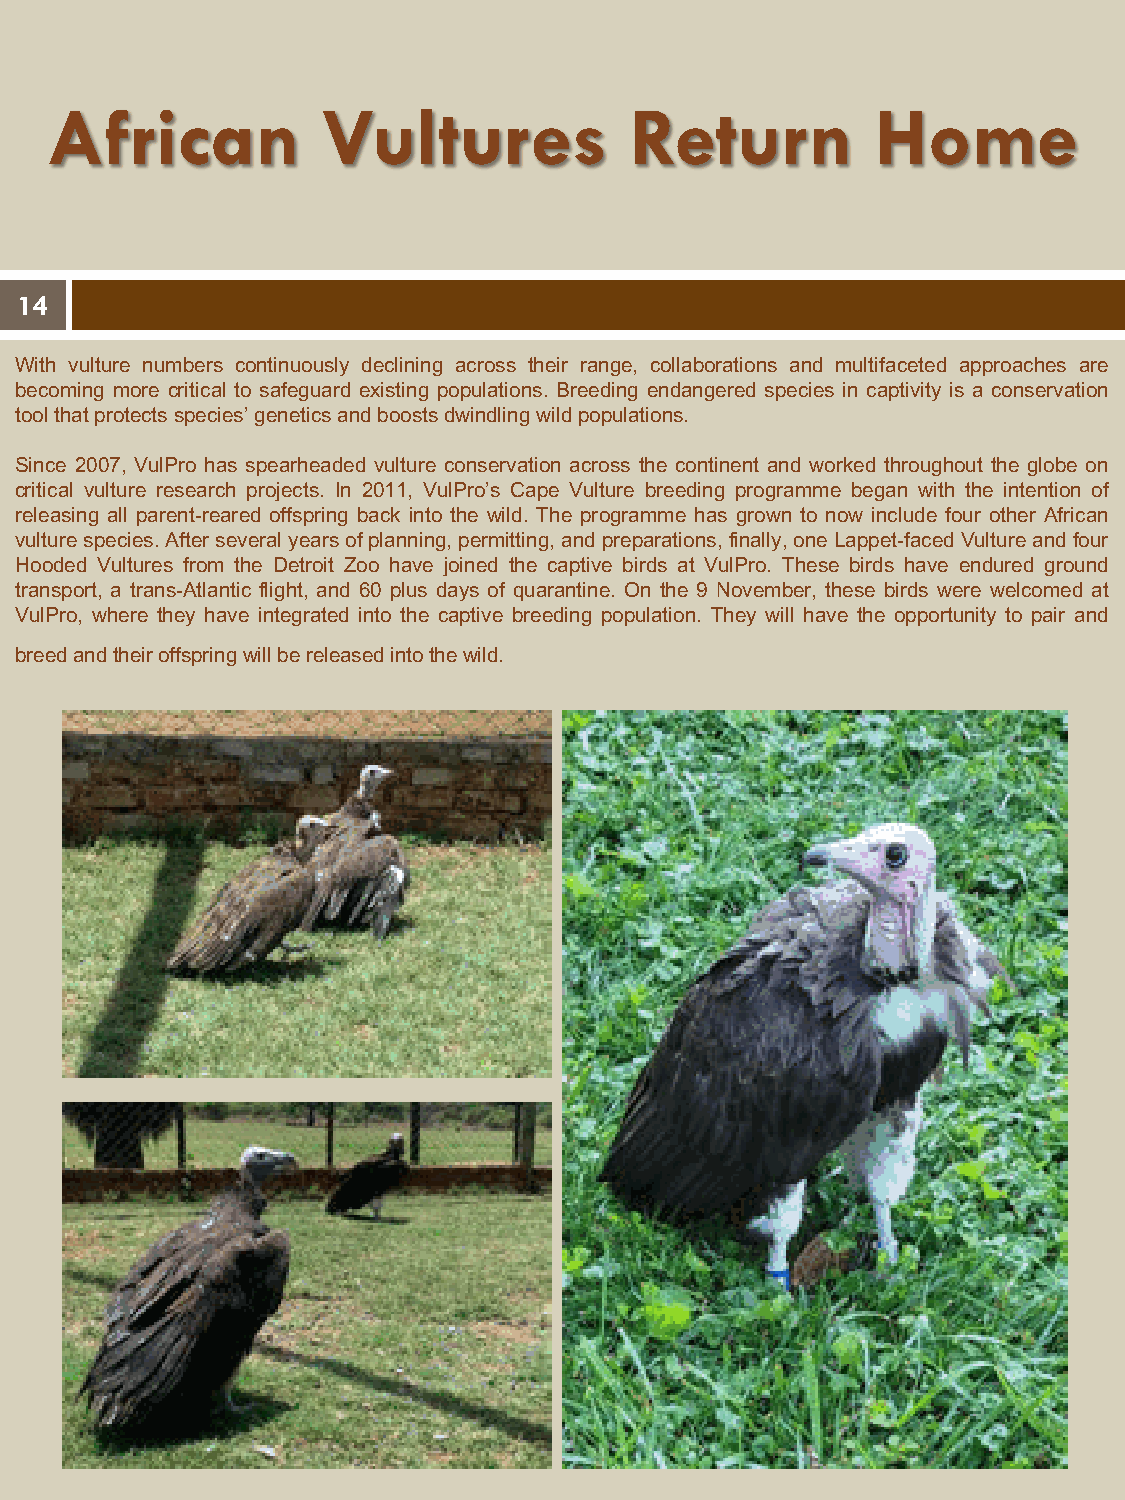
African           Vultures             Return          Home
 14
 With vulture numbers continuously declining across their range, collaborations and multifaceted approaches are
 becoming more critical to safeguard existing populations. Breeding endangered species in captivity is a conservation
 toolthatprotectsspecies’geneticsandboostsdwindlingwildpopulations.
 Since 2007, VulPro has spearheaded vulture conservation across the continent and worked throughout the globe on
 critical vulture research projects. In 2011, VulPro’s Cape Vulture breeding programme began with the intention of
 releasing all parent-reared offspring back into the wild. The programme has grown to now include four other African
 vulturespecies.Afterseveralyearsofplanning,permitting,andpreparations,finally,oneLappet-facedVultureandfour
 Hooded Vultures from the Detroit Zoo have joined the captive birds at VulPro. These birds have endured ground
 transport, a trans-Atlantic flight, and 60 plus days of quarantine. On the 9 November, these birds were welcomed at
 VulPro, where they have integrated into the captive breeding population. They will have the opportunity to pair and
 four Hooded   Vultures are the first of
 breedandtheiroffspringwillbereleasedintothewild.The
 the species to be housed  at VulPro and will form the founding breeding
 population.